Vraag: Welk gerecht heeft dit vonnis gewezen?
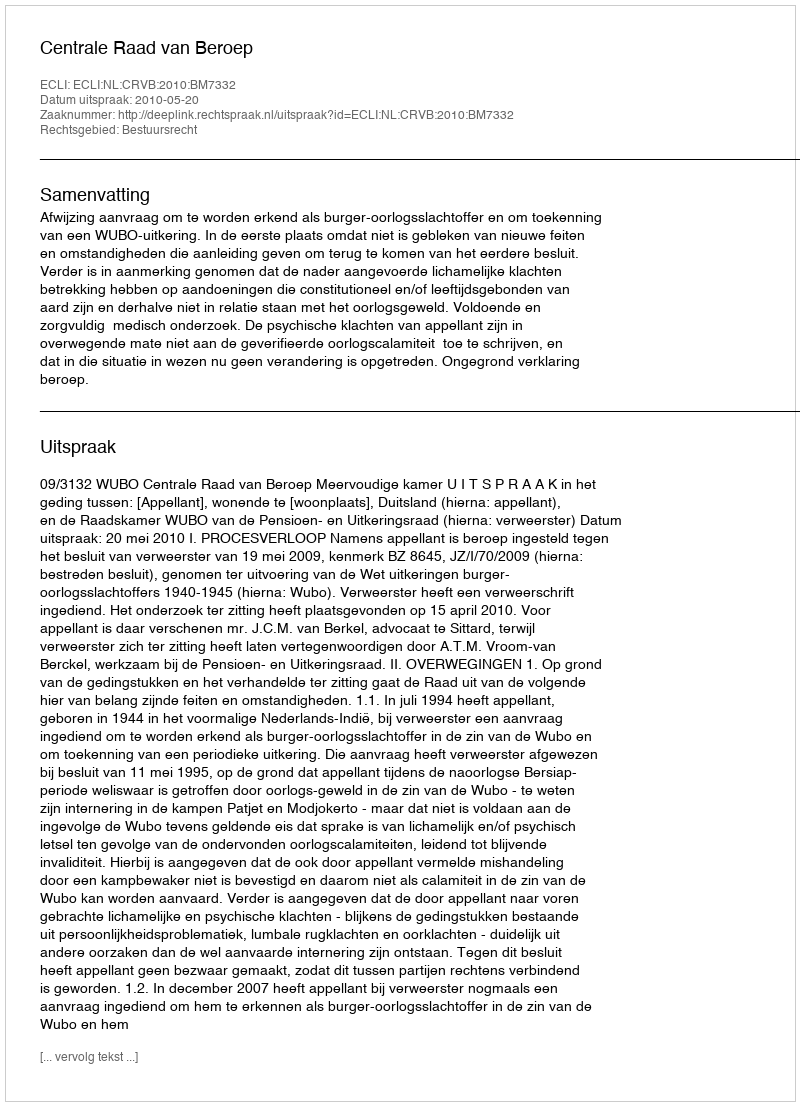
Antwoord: Centrale Raad van Beroep